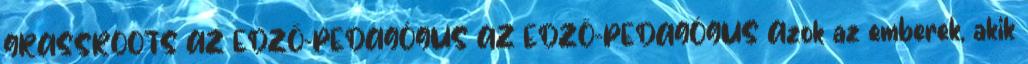
GRASSROOTS AZ EDZŐ-PEDAGÓGUS AZ EDZŐ-PEDAGÓGUS Azok az emberek, akik